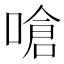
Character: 嗆